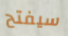
سيفتح